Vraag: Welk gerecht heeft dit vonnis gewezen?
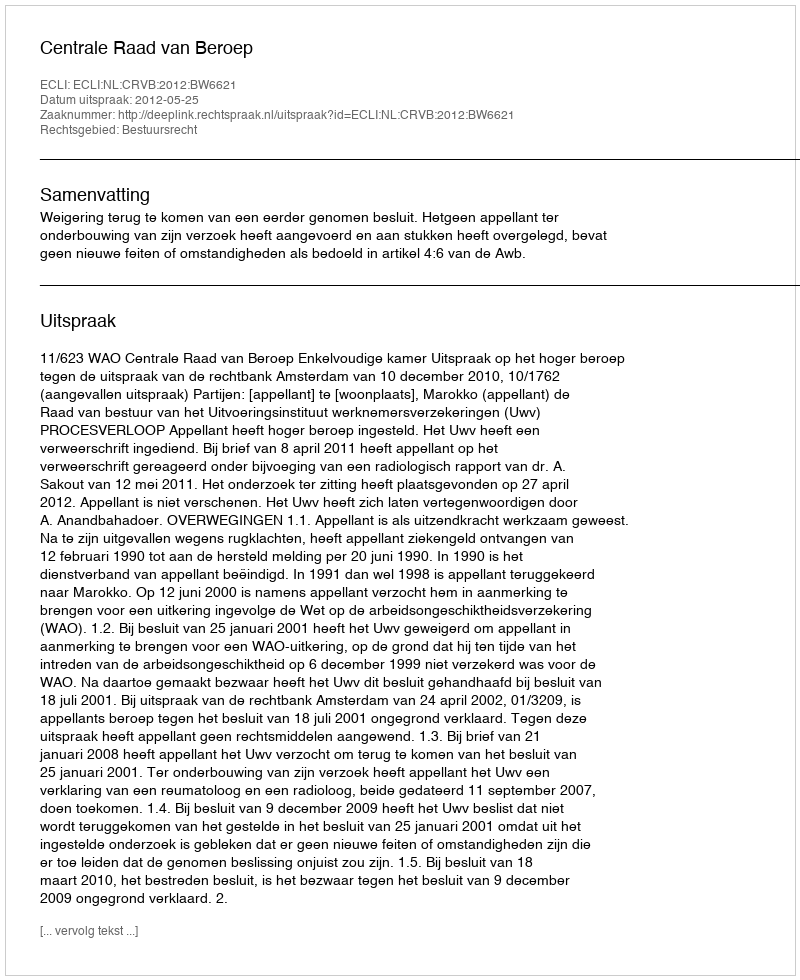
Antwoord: Centrale Raad van Beroep